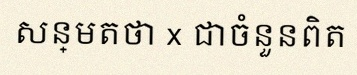
សន្មតថា x ជាចំនួនពិត